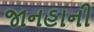
જાનહાની